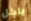
ياكل